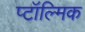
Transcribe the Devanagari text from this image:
प्टॉल्मिक